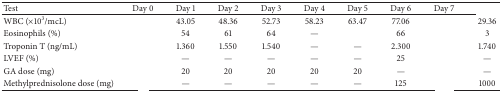
<table><thead><tr><td><b>Test</b></td><td><b>Day 0</b></td><td><b>Day 1</b></td><td><b>Day 2</b></td><td><b>Day 3</b></td><td><b>Day 4</b></td><td><b>Day 5</b></td><td><b>Day 6</b></td><td><b>Day 7</b></td><td>[EMPTY_CELL]</td></tr></thead><tbody><tr><td>WBC (×10<sup>3</sup>/mcL)</td><td>[EMPTY_CELL]</td><td>43.05</td><td>48.36</td><td>52.73</td><td>58.23</td><td>63.47</td><td>77.06</td><td>[EMPTY_CELL]</td><td>29.36</td></tr><tr><td>Eosinophils (%)</td><td>[EMPTY_CELL]</td><td>54</td><td>61</td><td>64</td><td>—</td><td>[EMPTY_CELL]</td><td>66</td><td>[EMPTY_CELL]</td><td>3</td></tr><tr><td>Troponin T (ng/mL)</td><td>[EMPTY_CELL]</td><td>1.360</td><td>1.550</td><td>1.540</td><td>—</td><td>—</td><td>2.300</td><td>[EMPTY_CELL]</td><td>1.740</td></tr><tr><td>LVEF (%)</td><td>[EMPTY_CELL]</td><td>—</td><td>—</td><td>—</td><td>—</td><td>—</td><td>25</td><td>[EMPTY_CELL]</td><td>—</td></tr><tr><td>GA dose (mg)</td><td>[EMPTY_CELL]</td><td>20</td><td>20</td><td>20</td><td>20</td><td>20</td><td>—</td><td>[EMPTY_CELL]</td><td>—</td></tr><tr><td>Methylprednisolone dose (mg)</td><td>[EMPTY_CELL]</td><td>—</td><td>—</td><td>—</td><td>—</td><td>—</td><td>125</td><td>[EMPTY_CELL]</td><td>1000</td></tr></tbody></table>